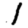
Digit: 1